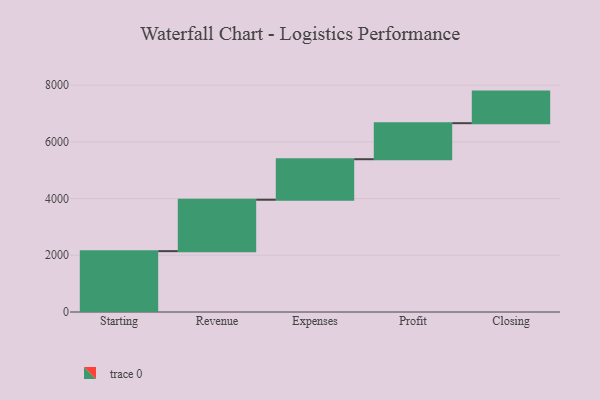
{"axis": {"x": "Step", "y": "Value"}, "legend": [""], "data": [{"x": "Starting", "y": 2146.0, "type": ""}, {"x": "Revenue", "y": 1813.0, "type": ""}, {"x": "Expenses", "y": 1429.0, "type": ""}, {"x": "Profit", "y": 1270.0, "type": ""}, {"x": "Closing", "y": 1114.0, "type": ""}]}